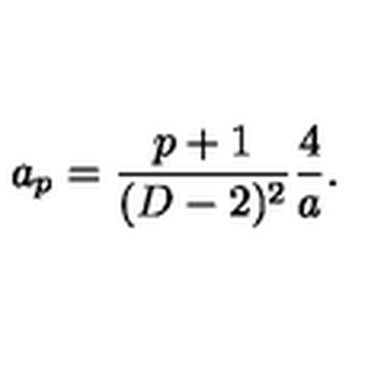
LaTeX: a _ { p } = { \frac { p + 1 } { ( D - 2 ) ^ { 2 } } } { \frac { 4 } { a } } .